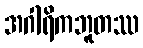
အဂါရိကဘူတဿ